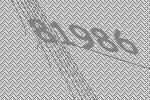
81986